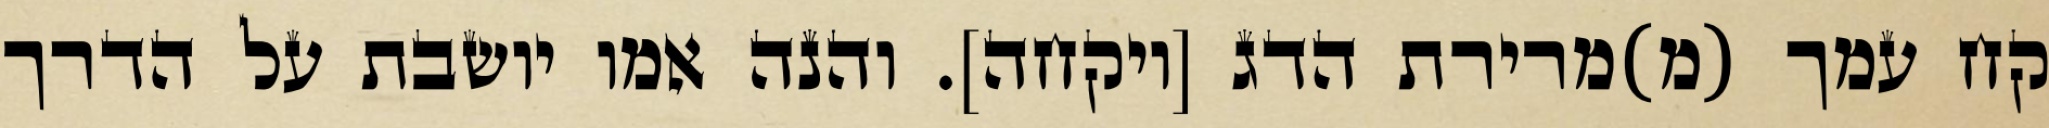
קח עמך (מ)מרירת הדג [ויקחה]. והנה אמו יושבת על הדרך